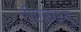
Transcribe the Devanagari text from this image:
टीएनक्यू